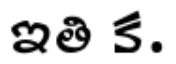
ఇతి క.